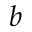
b